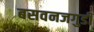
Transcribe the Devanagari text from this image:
बसवनजगुडी